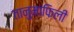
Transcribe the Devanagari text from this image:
तानुमाफिली